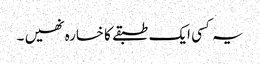
یہ کسی ایک طبقے کا خسارہ نھیں ۔